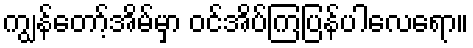
ကျွန်တော့်အိမ်မှာ ဝင်အိပ်ကြပြန်ပါလေရော။